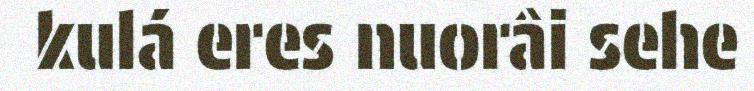
kulá eres nuorâi sehe